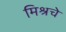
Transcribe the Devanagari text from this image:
मिश्रचे